画像に写った文字を読んでください
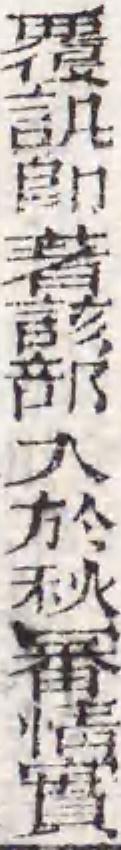
「覆訉卽著該部入於秋審情實」と書いてあります